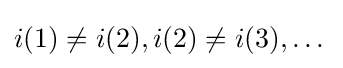
i(1)\neq i(2),i(2)\neq i(3),\dots